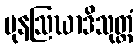
ပုနဩဃာဒိသုတ္တံ